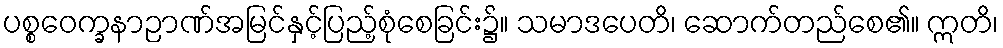
ပစ္စဝေက္ခနာဉာဏ်အမြင်နှင့်ပြည့်စုံစေခြင်း၌။ သမာဒပေတိ၊ ဆောက်တည်စေ၏။ ဣတိ၊